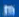
n